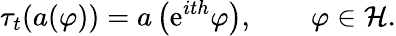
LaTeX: \tau_{t}(a(\varphi))=a\left(\mathrm{e}^{ith}\varphi\right),\qquad\varphi\in\mathcal{H}.